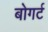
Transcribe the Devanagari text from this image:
बोगर्ट